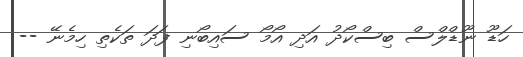
ހަޑޫ ނޫޑްލްސް ބިސްކޯދު އަދި އޯމޯ ސައިބޯނި ފަދަ ތަކެތި ހިމެނޭ --